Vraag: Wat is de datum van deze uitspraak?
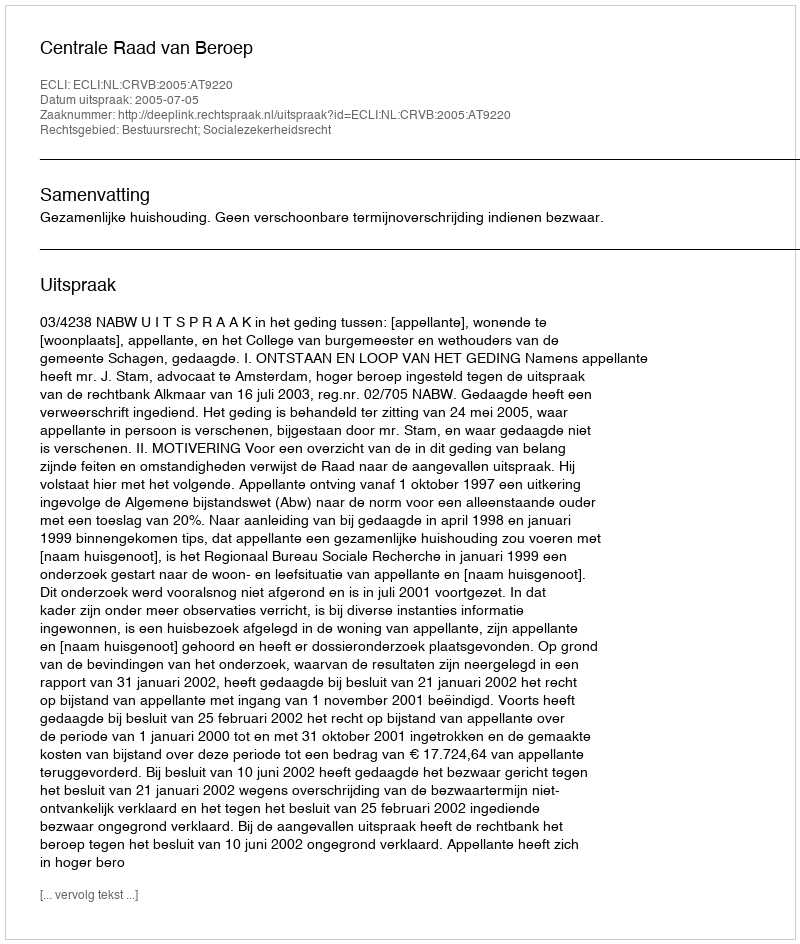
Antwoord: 2005-07-05